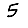
Digit: 5